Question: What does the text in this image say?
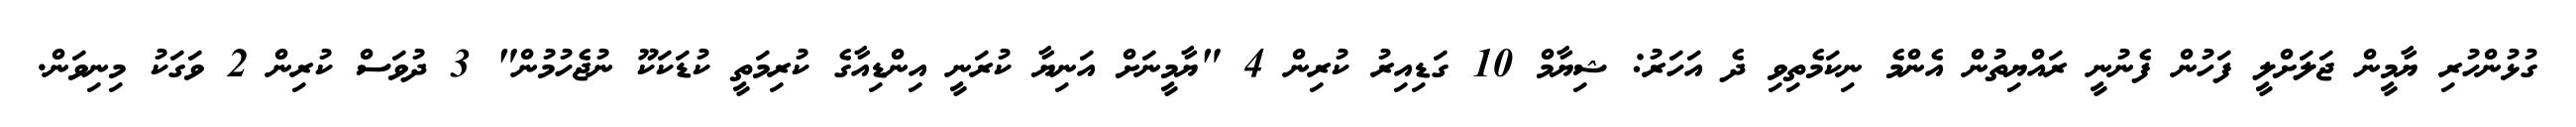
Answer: ގުޅުންހުރި ޔާމީން ޖަލަށްލީ ފަހުން ފެނުނީ ރައްޔިތުން އެންމެ ނިކަމެތިވި ދެ އަހަރު: ޝިޔާމް 10 ގަޑިއިރު ކުރިން 4 "ޔާމީނަށް އަނިޔާ ކުރަނީ އިންޑިއާގެ ކުރިމަތީ ކުޑަކަކޫ ނުޖެހުމުން" 3 ދުވަސް ކުރިން 2 ވަގަކު މިނިވަން.